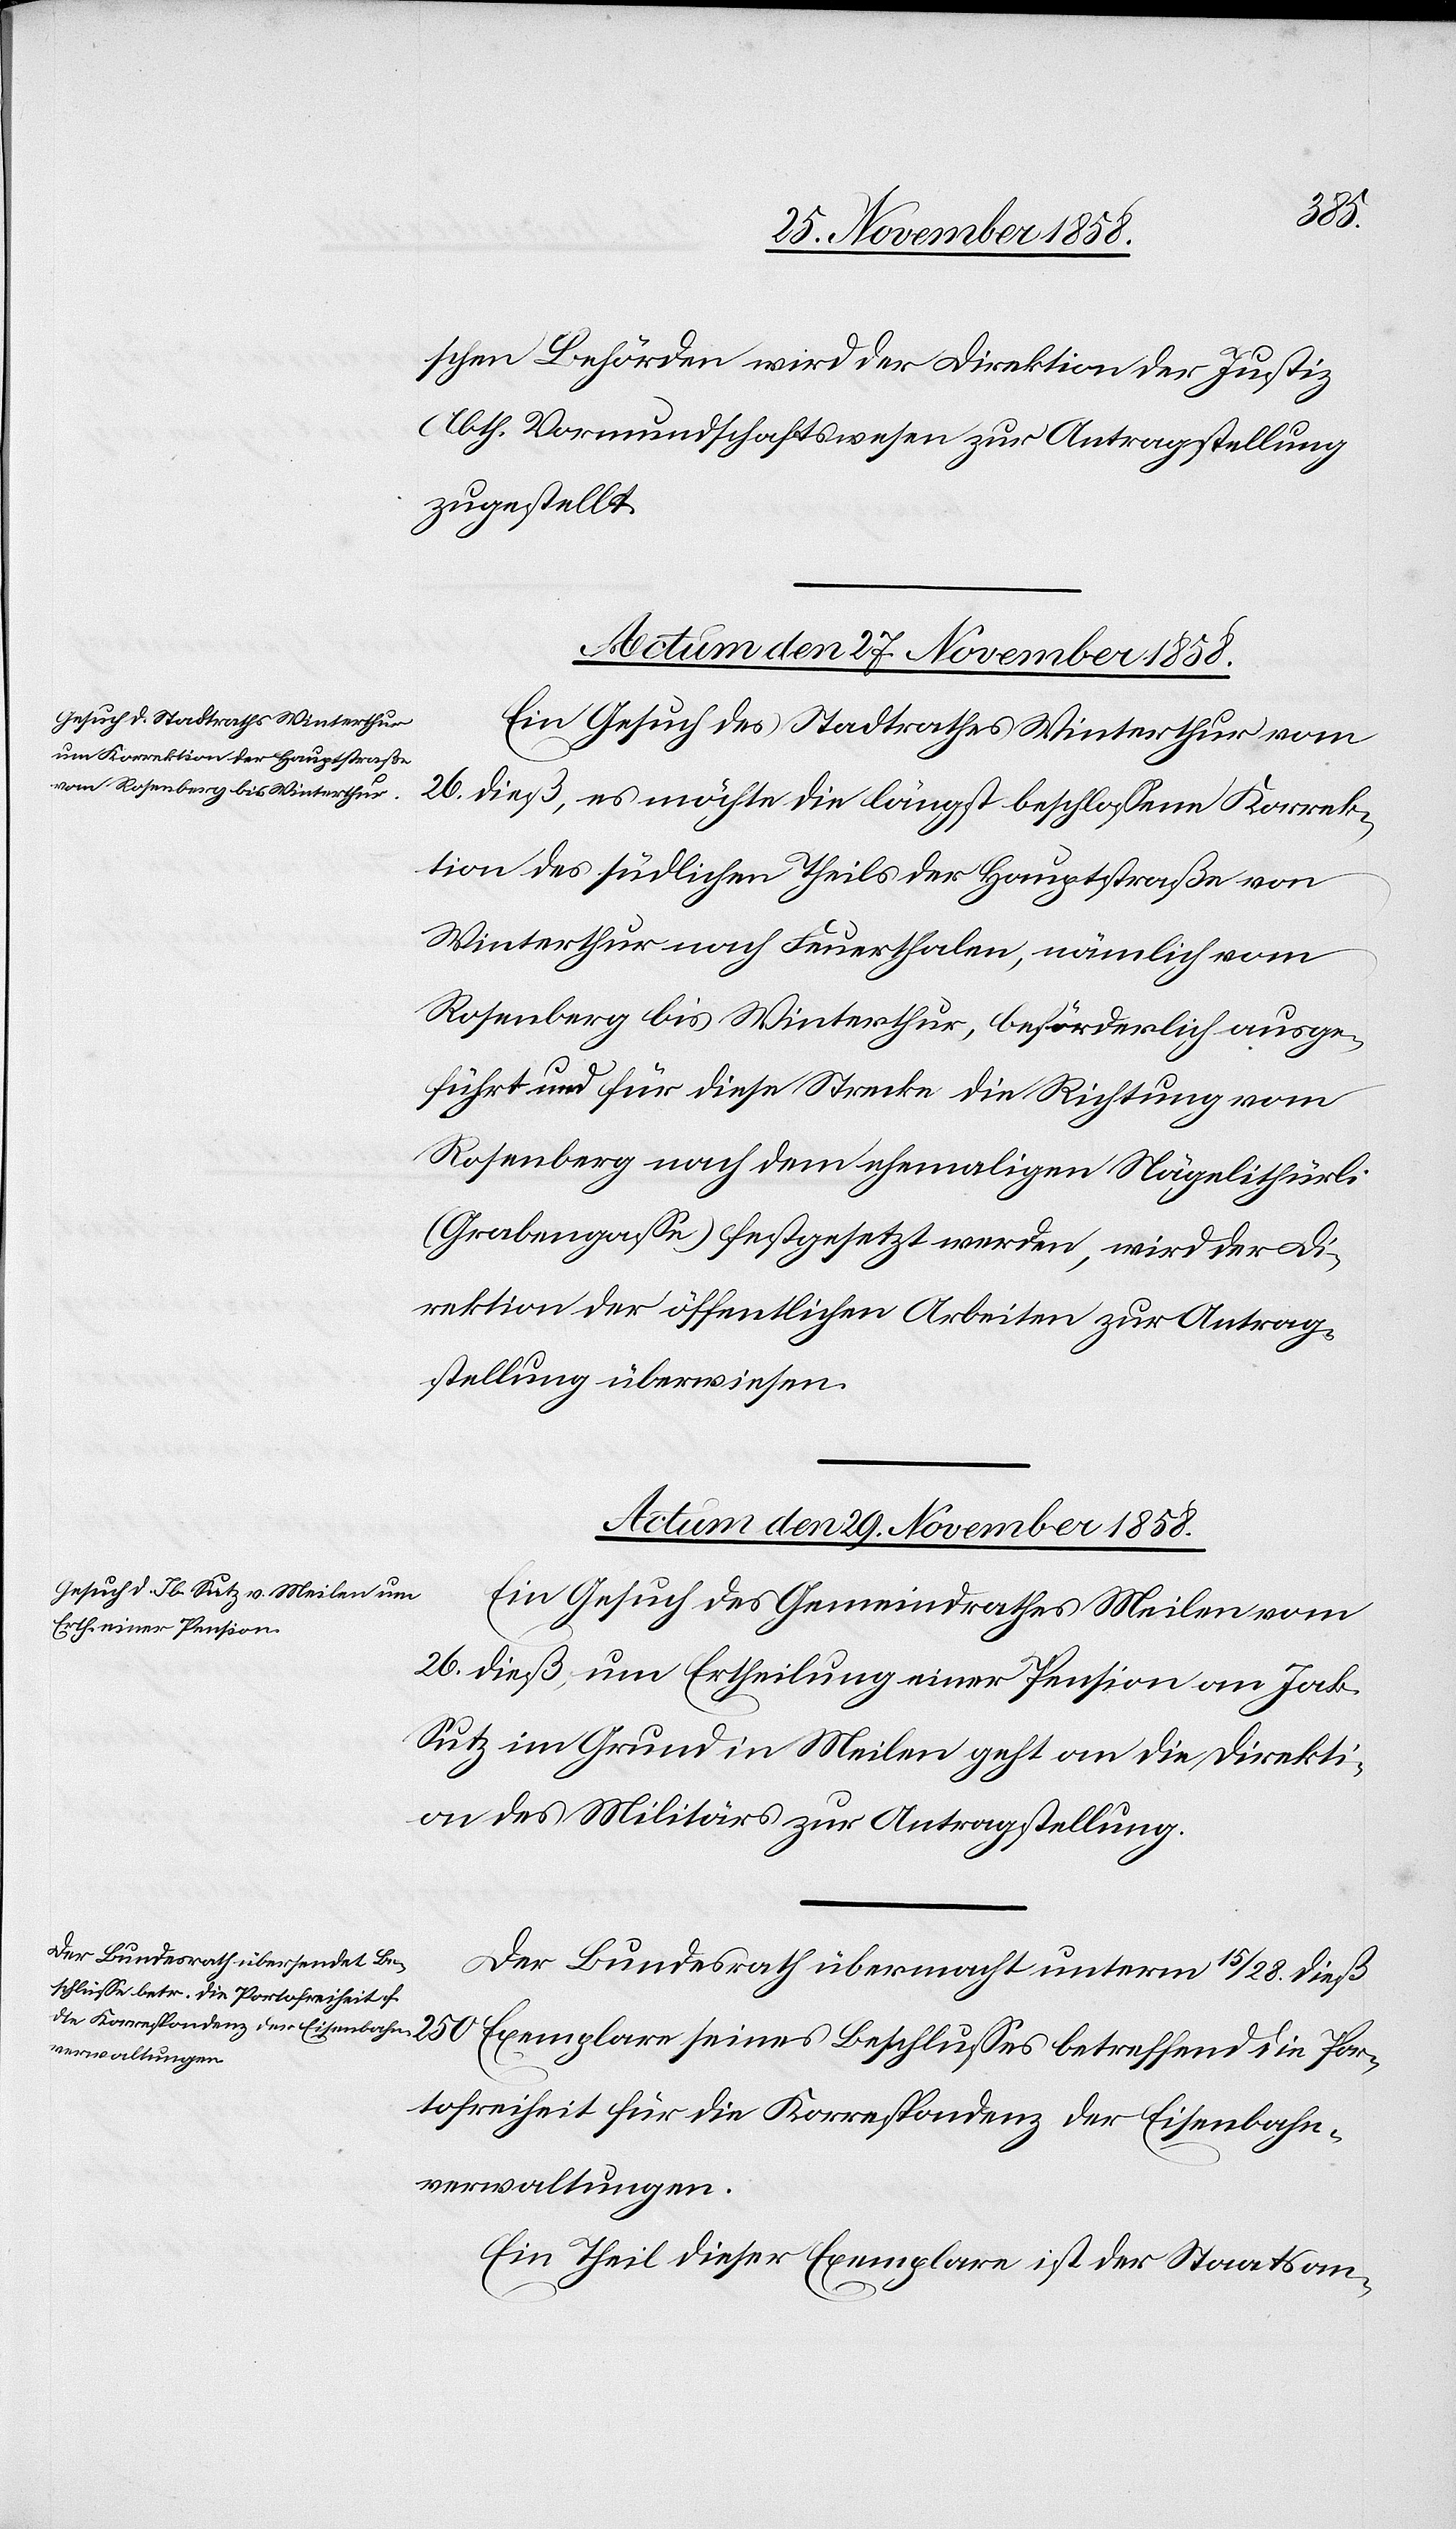
Por¬
schen Behörden wird der Direktion der Justiz
Abth. Vormundschaftswesen zur Antragstellung
zugestellt.
Actum den 27. November 1858.
Ein Gesuch des Stadtrathes Winterthur vom
26. dieß, es möchte die längst beschlossene Korrek¬
tion des südlichen Theils der Hauptstraße von
Winterthur nach Feuerthalen, nämlich vom
Rosenberg bis Winterthur, beförderlich ausge¬
führt und für diese Strecke die Richtung vom
Rosenberg nach dem ehemaligen Nägelithürli
(Grabengasse) festgesetzt werden, wird der Di¬
rektion der öffentlichen Arbeiten zur Antrag¬
stellung überwiesen.
Actum den 29. November 1858.]
Ein Gesuch des Gemeindrathes Meilen vom
26. dieß, um Ertheilung einer Pension an Jak.
Sutz im Grund in Meilen geht an die Direkti¬
on des Militärs zur Antragstellung.
Der Bundesrath übermacht unterm 15 / 28. dieß
tofreiheit für die Korrespondenz der Eisenbahn¬
verwaltungen.
Ein Theil dieser Exemplare ist der Staatsan-